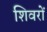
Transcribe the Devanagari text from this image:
शिवरों